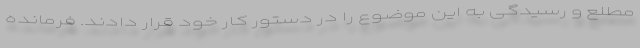
مطلع و رسیدگی به این موضوع را در دستور کار خود قرار دادند. فرمانده